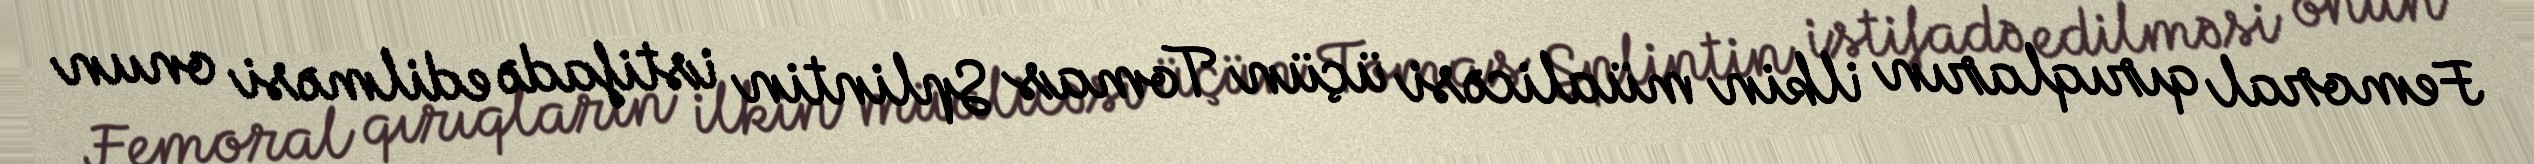
Femoral qırıqların ilkin müalicəsi üçün Tomas Splintin istifadə edilməsi onun